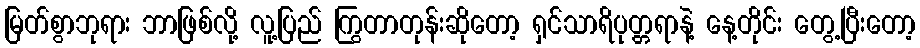
မြတ်စွာဘုရား ဘာဖြစ်လို့ လူ့ပြည် ကြွတာတုန်းဆိုတော့ ရှင်သာရိပုတ္တရာနဲ့ နေ့တိုင်း တွေ့ပြီးတော့